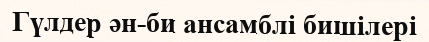
Гүлдер ән-би ансамблі бишілері